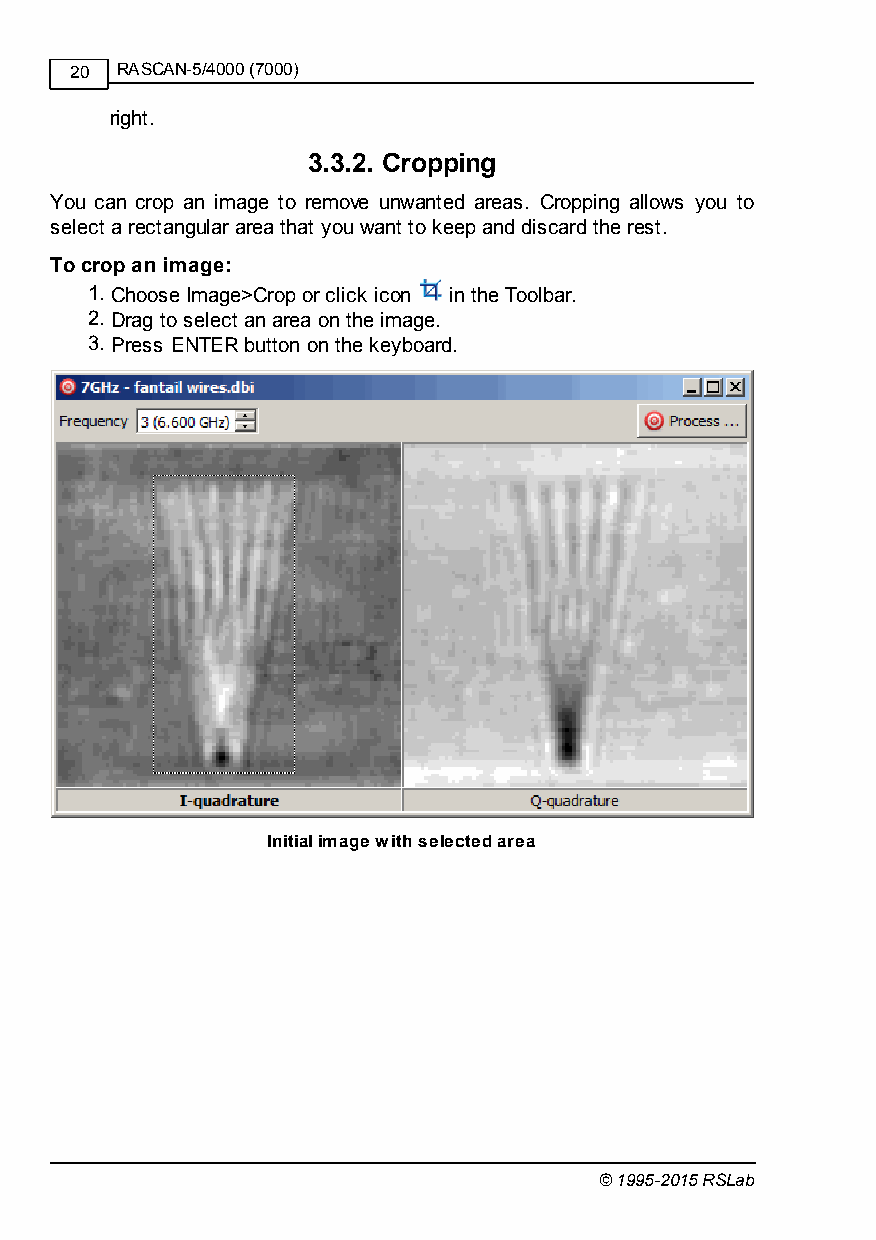
20 RASCAN-5/4000 (7000)
 right.
 3.3.2. Cropping
 You can crop an image to remove unwanted areas. Cropping allows you to
 select a rectangular area that you want to keep and discard the rest.
 To crop an image:
 1. Choose Image>Crop or click icon in the Toolbar.
 2. Drag to select an area on the image.
 3. Press ENTER button on the keyboard.
 Initial image with selected area
 © 1995-2015 RSLab